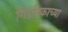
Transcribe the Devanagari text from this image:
गिर्हाइकाच्या